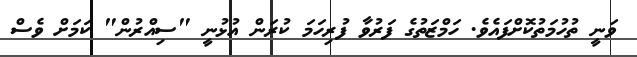
ވަނީ ތުހުމަތުކޮށްފައެވެ. ހަމްޒަތުގެ ފަރުވާ ފުރިހަމަ ކުރަން އުޅުނީ "ސިއްރުން" ކަމަށް ވެސް